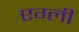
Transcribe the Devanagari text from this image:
एग्ली